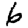
Digit: 6